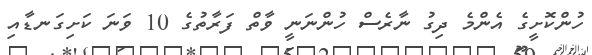
ހުންކޮށީގެ އެންމެ ދިގު ނާރެސް ހުންނަނީ ވާތް ފަރާތުގެ 10 ވަނަ ކަށިގަނޑާއި